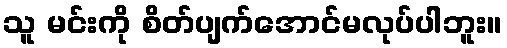
သူ မင်းကို စိတ်ပျက်အောင်မလုပ်ပါဘူး။